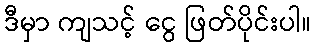
ဒီမှာ ကျသင့် ငွေ ဖြတ်ပိုင်းပါ။